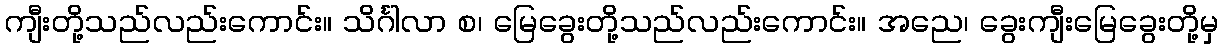
ကျီးတို့သည်လည်းကောင်း။ သိင်္ဂါလာ စ၊ မြေခွေးတို့သည်လည်းကောင်း။ အညေ၊ ခွေးကျီးမြေခွေးတို့မှ